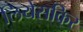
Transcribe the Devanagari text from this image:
लियेसकिर